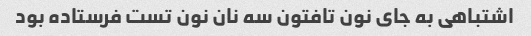
اشتباهی به جای نون تافتون سه نان نون تست فرستاده بود